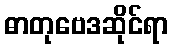
ဓာတုဗေဒဆိုင်ရာ